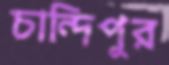
চান্দিপুর